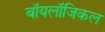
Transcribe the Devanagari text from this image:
बॉयलॉजिकल